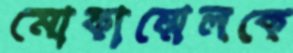
মোকাম্মেলকে